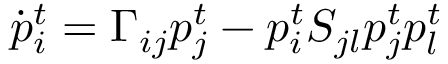
\dot { p } _ { i } ^ { t } = \Gamma _ { i j } p _ { j } ^ { t } - p _ { i } ^ { t } S _ { j l } p _ { j } ^ { t } p _ { l } ^ { t }